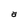
Character: a